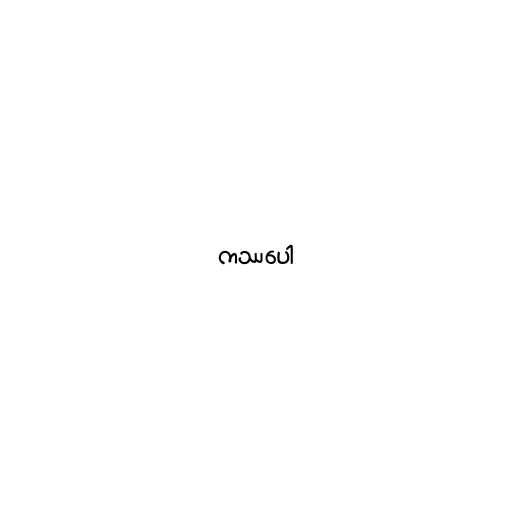
ကဿပေါ